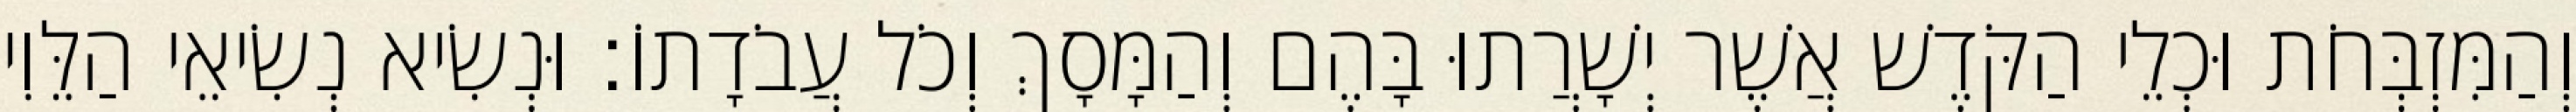
וְהַמִּזְבְּחֹת וּכְלֵי הַקֹּדֶשׁ אֲשֶׁר יְשָׁרֲתוּ בָּהֶם וְהַמָּסָךְ וְכֹל עֲבֹדָתוֹ׃ וּנְשִׂיא נְשִׂיאֵי הַלֵּוִי